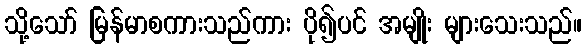
သို့သော် မြန်မာစကားသည်ကား ပို၍ပင် အမျိုး များသေးသည်။